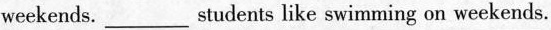
weekends.___students like swimming on weekends